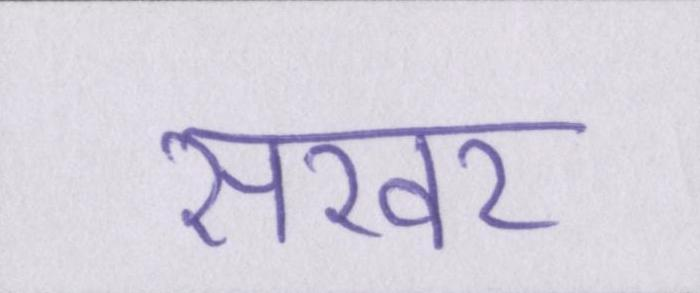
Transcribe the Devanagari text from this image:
सरवर